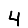
Digit: 4